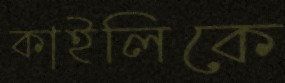
কাইলিকে